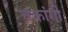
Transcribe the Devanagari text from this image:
चक्रांगी